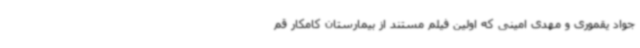
جواد یقموری و مهدی امینی که اولین فیلم مستند از بیمارستان کامکار قم